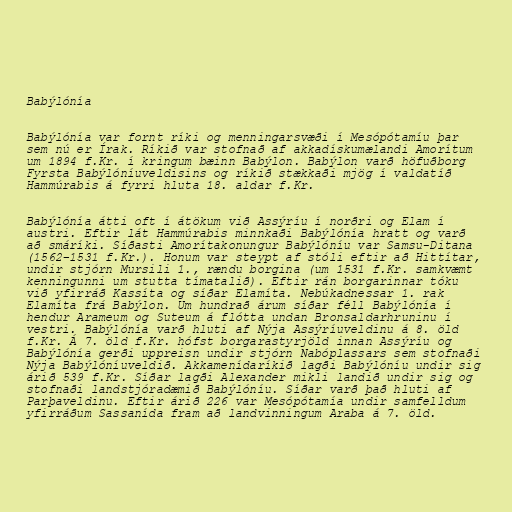
Babýlónía

Babýlónía var fornt ríki og menningarsvæði í Mesópótamíu þar
sem nú er Írak. Ríkið var stofnað af akkadískumælandi Amorítum
um 1894 f.Kr. í kringum bæinn Babýlon. Babýlon varð höfuðborg
Fyrsta Babýlóníuveldisins og ríkið stækkaði mjög í valdatíð
Hammúrabis á fyrri hluta 18. aldar f.Kr.

Babýlónía átti oft í átökum við Assýríu í norðri og Elam í
austri. Eftir lát Hammúrabis minnkaði Babýlónía hratt og varð
að smáríki. Síðasti Amorítakonungur Babýlóníu var Samsu-Ditana
(1562–1531 f.Kr.). Honum var steypt af stóli eftir að Hittítar,
undir stjórn Mursili 1., rændu borgina (um 1531 f.Kr. samkvæmt
kenningunni um stutta tímatalið). Eftir rán borgarinnar tóku
við yfirráð Kassíta og síðar Elamíta. Nebúkadnessar 1. rak
Elamíta frá Babýlon. Um hundrað árum síðar féll Babýlónía í
hendur Arameum og Suteum á flótta undan Bronsaldarhruninu í
vestri. Babýlónía varð hluti af Nýja Assýríuveldinu á 8. öld
f.Kr. Á 7. öld f.Kr. hófst borgarastyrjöld innan Assýríu og
Babýlónía gerði uppreisn undir stjórn Nabóplassars sem stofnaði
Nýja Babýlóníuveldið. Akkamenídaríkið lagði Babýlóníu undir sig
árið 539 f.Kr. Síðar lagði Alexander mikli landið undir sig og
stofnaði landstjóradæmið Babýlóníu. Síðar varð það hluti af
Parþaveldinu. Eftir árið 226 var Mesópótamía undir samfelldum
yfirráðum Sassanída fram að landvinningum Araba á 7. öld.